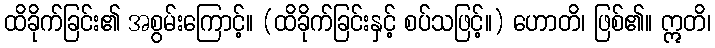
ထိခိုက်ခြင်း၏ အစွမ်းကြောင့်။ (ထိခိုက်ခြင်းနှင့် စပ်သဖြင့်။) ဟောတိ၊ ဖြစ်၏။ ဣတိ၊